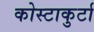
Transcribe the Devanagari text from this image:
कोस्टाकुर्टा